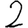
Digit: 2